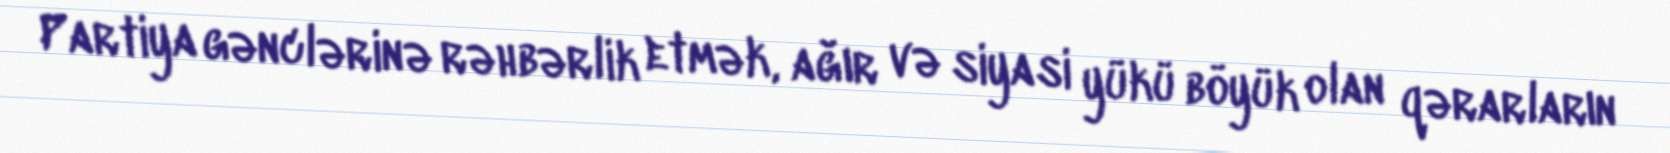
Partiya gənclərinə rəhbərlik etmək, ağır və siyasi yükü böyük olan qərarların